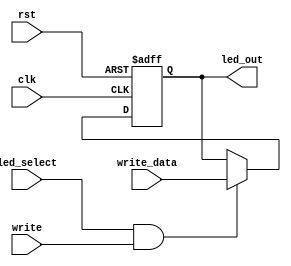
`timescale 1ns / 1ps

module leds(
    input            clk,         // clock
    input            rst,         // reset
    input            write,       // write enable
    input            led_select,  // select led
    input[23:0]      write_data,
    output reg[23:0] led_out
);

    always@(posedge clk or posedge rst) begin
        if(rst) begin
            led_out <= 24'h000000;
        end
		else if(led_select && write) begin
	        led_out <= write_data;
        end
    end

endmodule